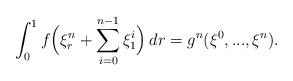
LaTeX: \begin{align*}\int_0^1 f\Big(\xi^n_r+\sum_{i=0}^{n-1} \xi_1^i\Big)\,dr=g^n(\xi^0,...,\xi^n).\end{align*}